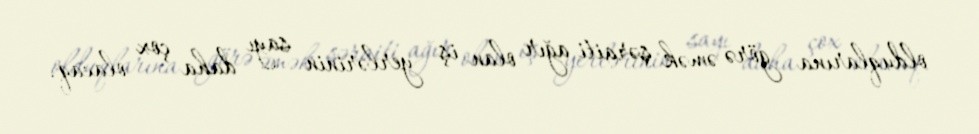
olduqlarına görə əmək şəraiti ağır olan iş yerlərinin sayı daha çox olacaq.